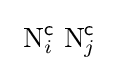
\ \mathrm {N} _{i}^{\mathsf {c}}\ \mathrm {N} _{j}^{\mathsf {c}}\